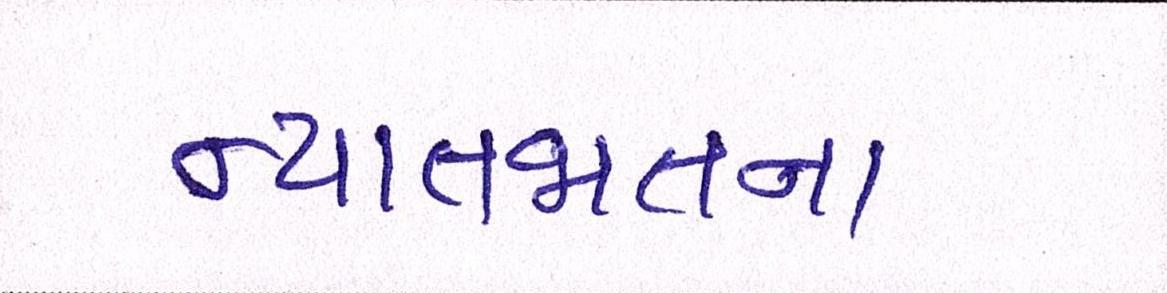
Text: ન્યાતજાતના